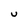
Character: U